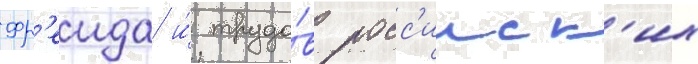
Фр'еида и́ трудо́в росс'ииск'их